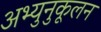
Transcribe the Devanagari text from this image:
अभ्युनुकूलन